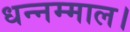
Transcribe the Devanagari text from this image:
धन्नम्माल।